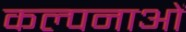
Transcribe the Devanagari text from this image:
कल्‍पनाओं